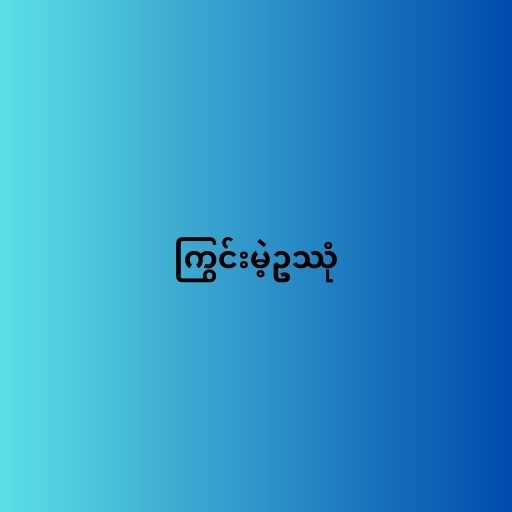
ကြွင်းမဲ့ဥဿုံ